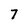
Character: 7